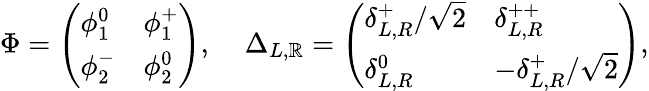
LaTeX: \Phi=\left(\begin{array}{ll}{{\phi_{1}^{0}}}&{{\phi_{1}^{+}}}\\ {{\phi_{2}^{-}}}&{{\phi_{2}^{0}}}\end{array}\right),\; \; \; \; \Delta_{L,\mathbb{R}}=\left(\begin{array}{ll}{{\delta_{L,R}^{+}/\sqrt{2}}}&{{\delta_{L,R}^{++}}}\\ {{\delta_{L,R}^{0}}}&{{-\delta_{L,R}^{+}/\sqrt{2}}}\end{array}\right),